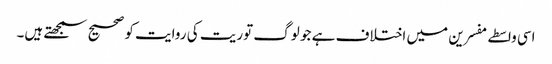
اسی واسطے مفسرین میں اختلاف ہے جو لوگ توریت کی روایت کو صحیح سمجھتے ہیں۔